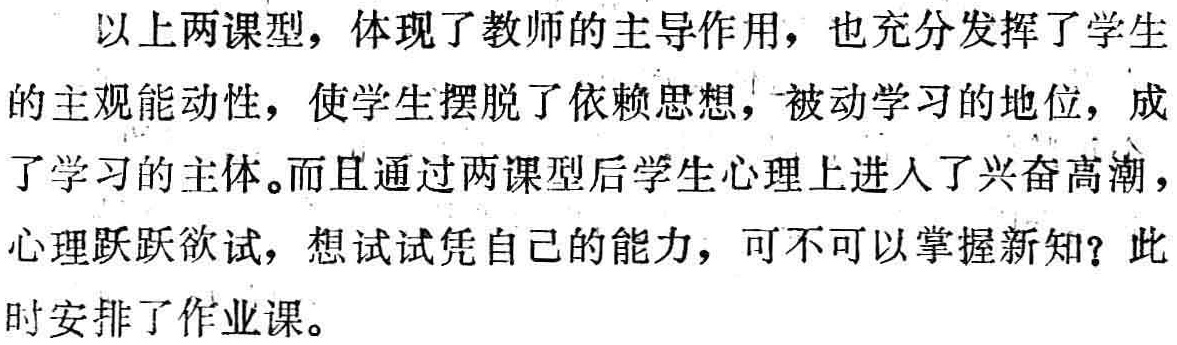
以上两课型，体现了教师的主导作用，也充分发挥了学生的主观能动性，使学生摆脱了依赖思想，被动学习的地位，成了学习的主体。而且通过两课型后学生心理上进入了兴奋高潮，心理跃跃欲试，想试试凭自己的能力，可不可以掌握新知？此时安排了作业课。